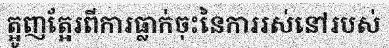
ត្អូញត្អែរពីការធ្លាក់ចុះនៃការរស់នៅរបស់